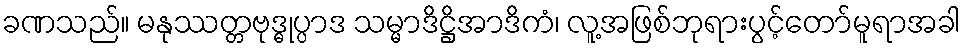
ခဏသည်။ မနုဿတ္တဗုဒ္ဓုပ္ပာဒ သမ္မာဒိဋ္ဌိအာဒိကံ၊ လူ့အဖြစ်ဘုရားပွင့်တော်မူရာအခါ